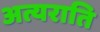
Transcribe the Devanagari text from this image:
अत्यराति